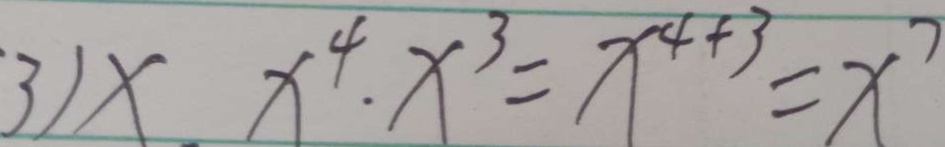
3 ) x x ^ { 4 } \cdot x ^ { 3 } = x ^ { 4 + 3 } = x ^ { 7 }